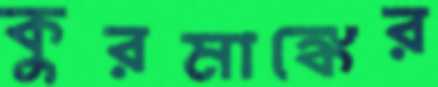
কুরমাঙ্কের